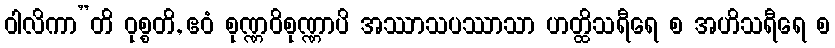
ဝါလိကာ”တိ ဝုစ္စတိ, ဧဝံ စုဏ္ဏဝိစုဏ္ဏာပိ အဿာသပဿာသာ ဟတ္ထိသရီရေ စ အဟိသရီရေ စ